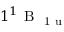
1 ^ { 1 } \mathrm { ~ B ~ } _ { \mathrm { ~ 1 ~ u ~ } }